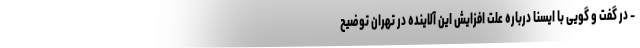
- در گفت و گویی با ایسنا درباره علت افزایش این آلاینده در تهران توضیح